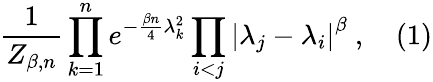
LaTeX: {\frac{1}{Z_{\beta,n}}}\prod_{k=1}^{n}e^{-{\frac{\beta n}{4}}\lambda_{k}^{2}}\prod_{i<j}\left|\lambda_{j}-\lambda_{i}\right|^{\beta}~,\quad(1)